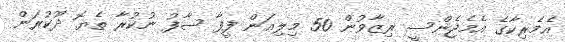
އެމެރިކާގެ އެމެޖެންސީ ރިޒާވުން 50 މިލިއަން ފީފާ ސާފު ނުކުރާ ތެޔޮ ދޫކުރަން